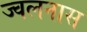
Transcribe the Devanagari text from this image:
ज्वलनास